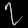
Digit: ၇